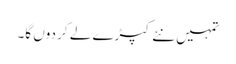
تمہیں نئے کپڑے لے کر دوں گا۔